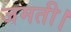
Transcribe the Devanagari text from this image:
जमती।